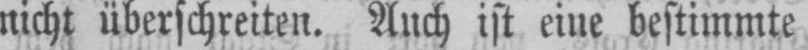
nicht überschreiten. Auch ist eine bestimmte